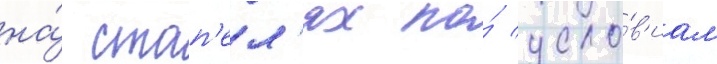
на́ стап'ел'ях по́ усло́в'иам